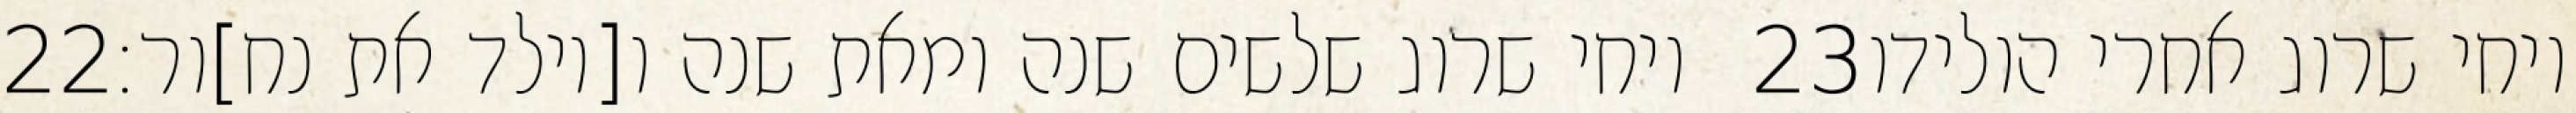
‎22‏ ויחי שרוג שלשים שנה ומאת שנה ו[יולד את נח]ור׃ ‎23‏ ויחי שרוג אחרי הולידו